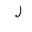
Letter: _lam